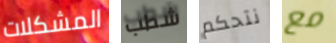
المشكلات شطب نتحكم مع